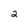
Character: 2